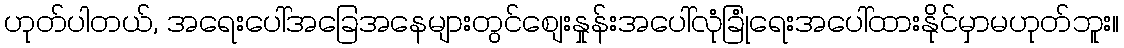
ဟုတ်ပါတယ်, အရေးပေါ်အခြေအနေများတွင်စျေးနှုန်းအပေါ်လုံခြုံရေးအပေါ်ထားနိုင်မှာမဟုတ်ဘူး။